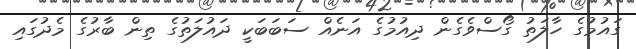
ގައުމުގެ ހާލަތު ގޯސްވެގެން ދިއުމުގެ އަނެއް ސަބަބަކީ ދައުލަތުގެ ތިން ބާރުގެ މެދުގައި